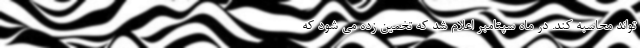
تواند محاسبه کند. در ماه سپتامبر اعلام شد که تخمین زده می شود که